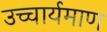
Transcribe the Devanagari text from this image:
उच्चार्यमाण